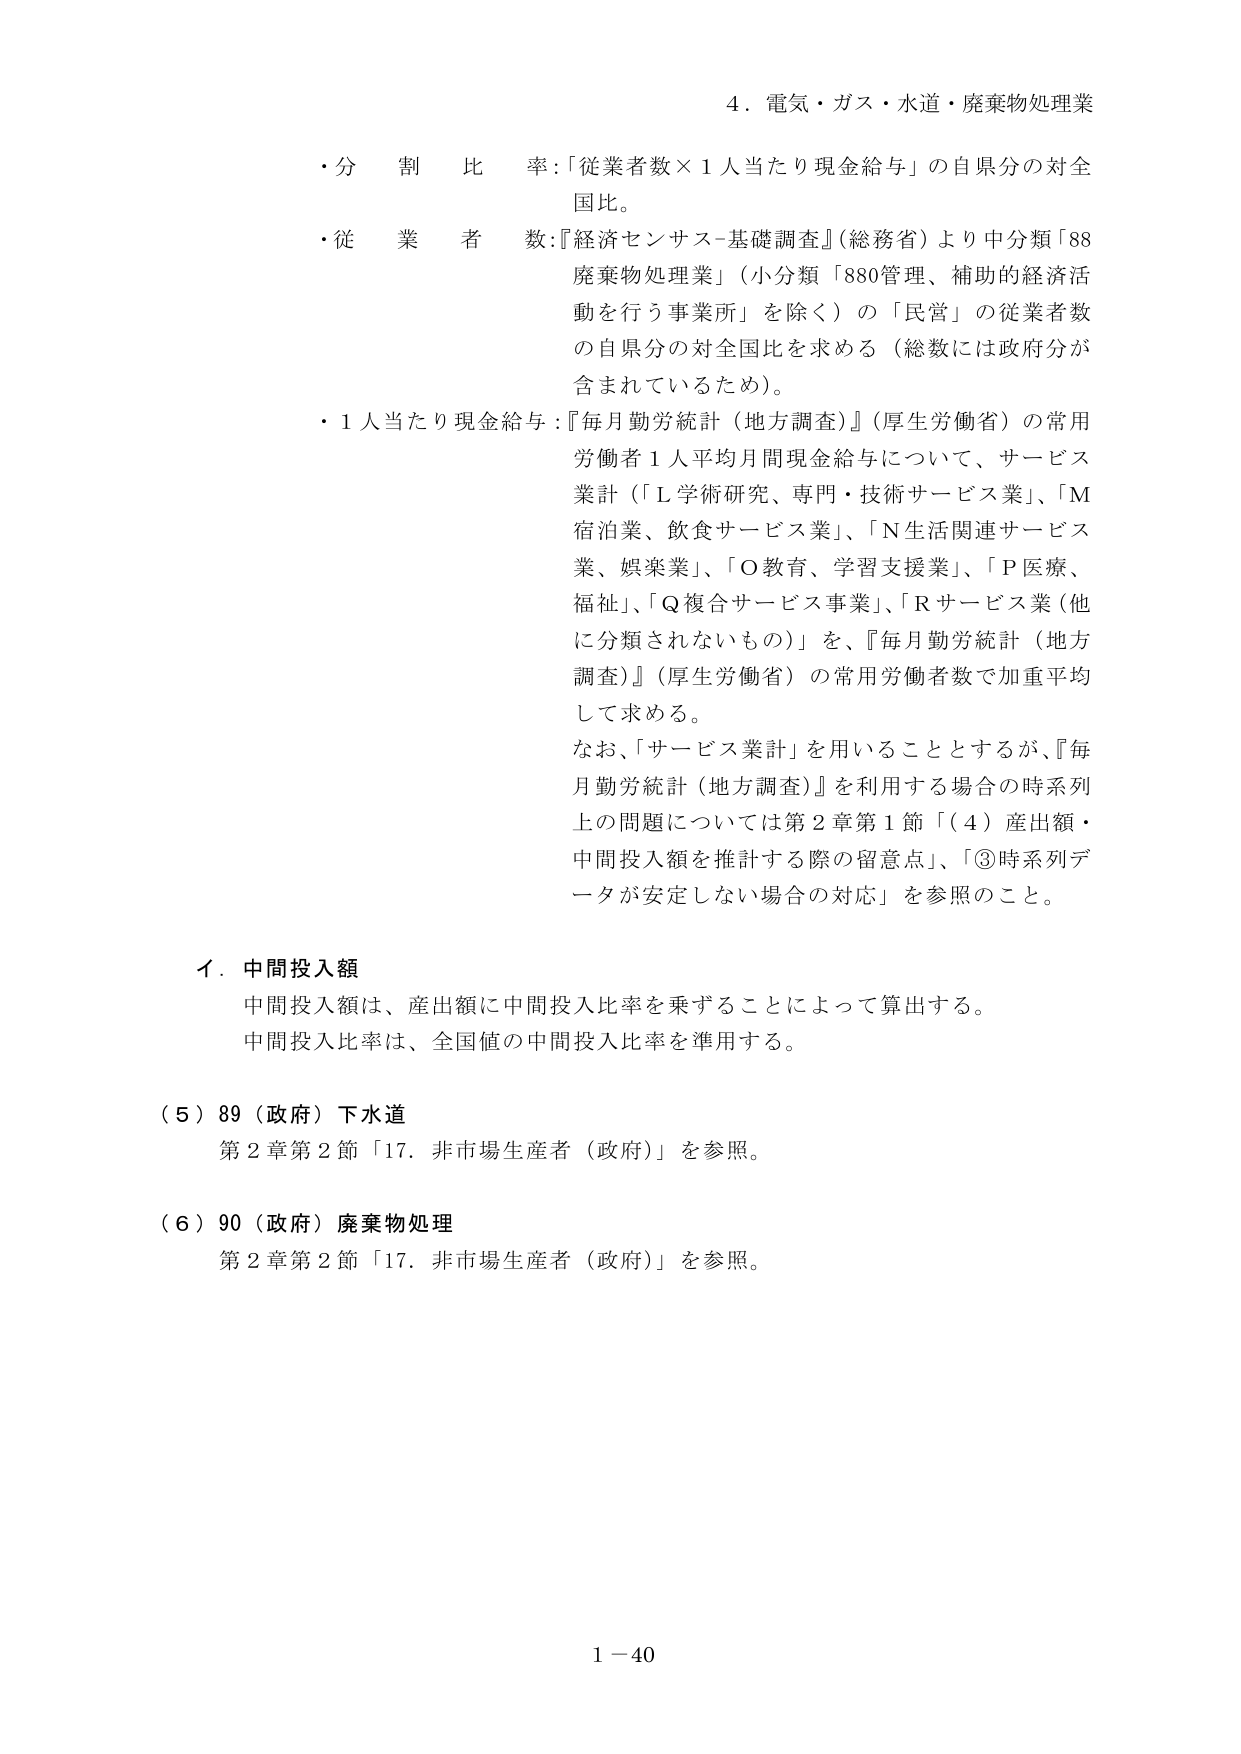
4．電気・ガス・水道・廃棄物処理業

・分割比率：「従業者数×1人当たり現金給与」の自県分の対全国比。

・従業者数：『経済センサス-基礎調査』（総務省）より中分類「88廃棄物処理業」（小分類「880管理、補助的経済活動を行う事業所」を除く）の「民営」の従業者数の自県分の対全国比を求める（総数には政府分が含まれているため）。

・1人当たり現金給与：『毎月勤労統計（地方調査）』（厚生労働省）の常用労働者1人平均月間現金給与について、サービス業計（「L学術研究、専門・技術サービス業」、「M宿泊業、飲食サービス業」、「N生活関連サービス業、娯楽業」、「O教育、学習支援業」、「P医療、福祉」、「Q複合サービス事業」、「Rサービス業（他に分類されないもの）」）を、『毎月勤労統計（地方調査）』（厚生労働省）の常用労働者数で加重平均して求める。

なお、「サービス業計」を用いることとするが、『毎月勤労統計（地方調査）』を利用する場合の時系列上の問題については第2章第1節「（4）産出額・中間投入額を推計する際の留意点」、「③時系列データが安定しない場合の対応」を参照のこと。

イ．中間投入額

中間投入額は、産出額に中間投入比率を乗ずることによって算出する。

中間投入比率は、全国値の中間投入比率を準用する。

（5）89（政府）下水道

第2章第2節「17．非市場生産者（政府）」を参照。

（6）90（政府）廃棄物処理

第2章第2節「17．非市場生産者（政府）」を参照。

1－40